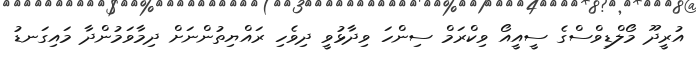
އުރީދޫ މޯލްޑިވްސްގެ ސީއީއޯ ވިކްރަމް ސިންހަ ވިދާޅުވީ ދިވެހި ރައްޔިތުންނަށް ދިމާވަމުންދާ މައިގަނޑު